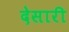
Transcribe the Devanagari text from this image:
देसारी